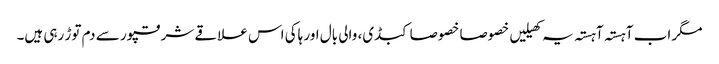
مگر اب آہستہ آہستہ یہ کھیلیں خصوصا خصوصا کبڈی، والی بال اور ہاکی اس علاقے شرقپور سے دم توڑ رہی ہیں۔